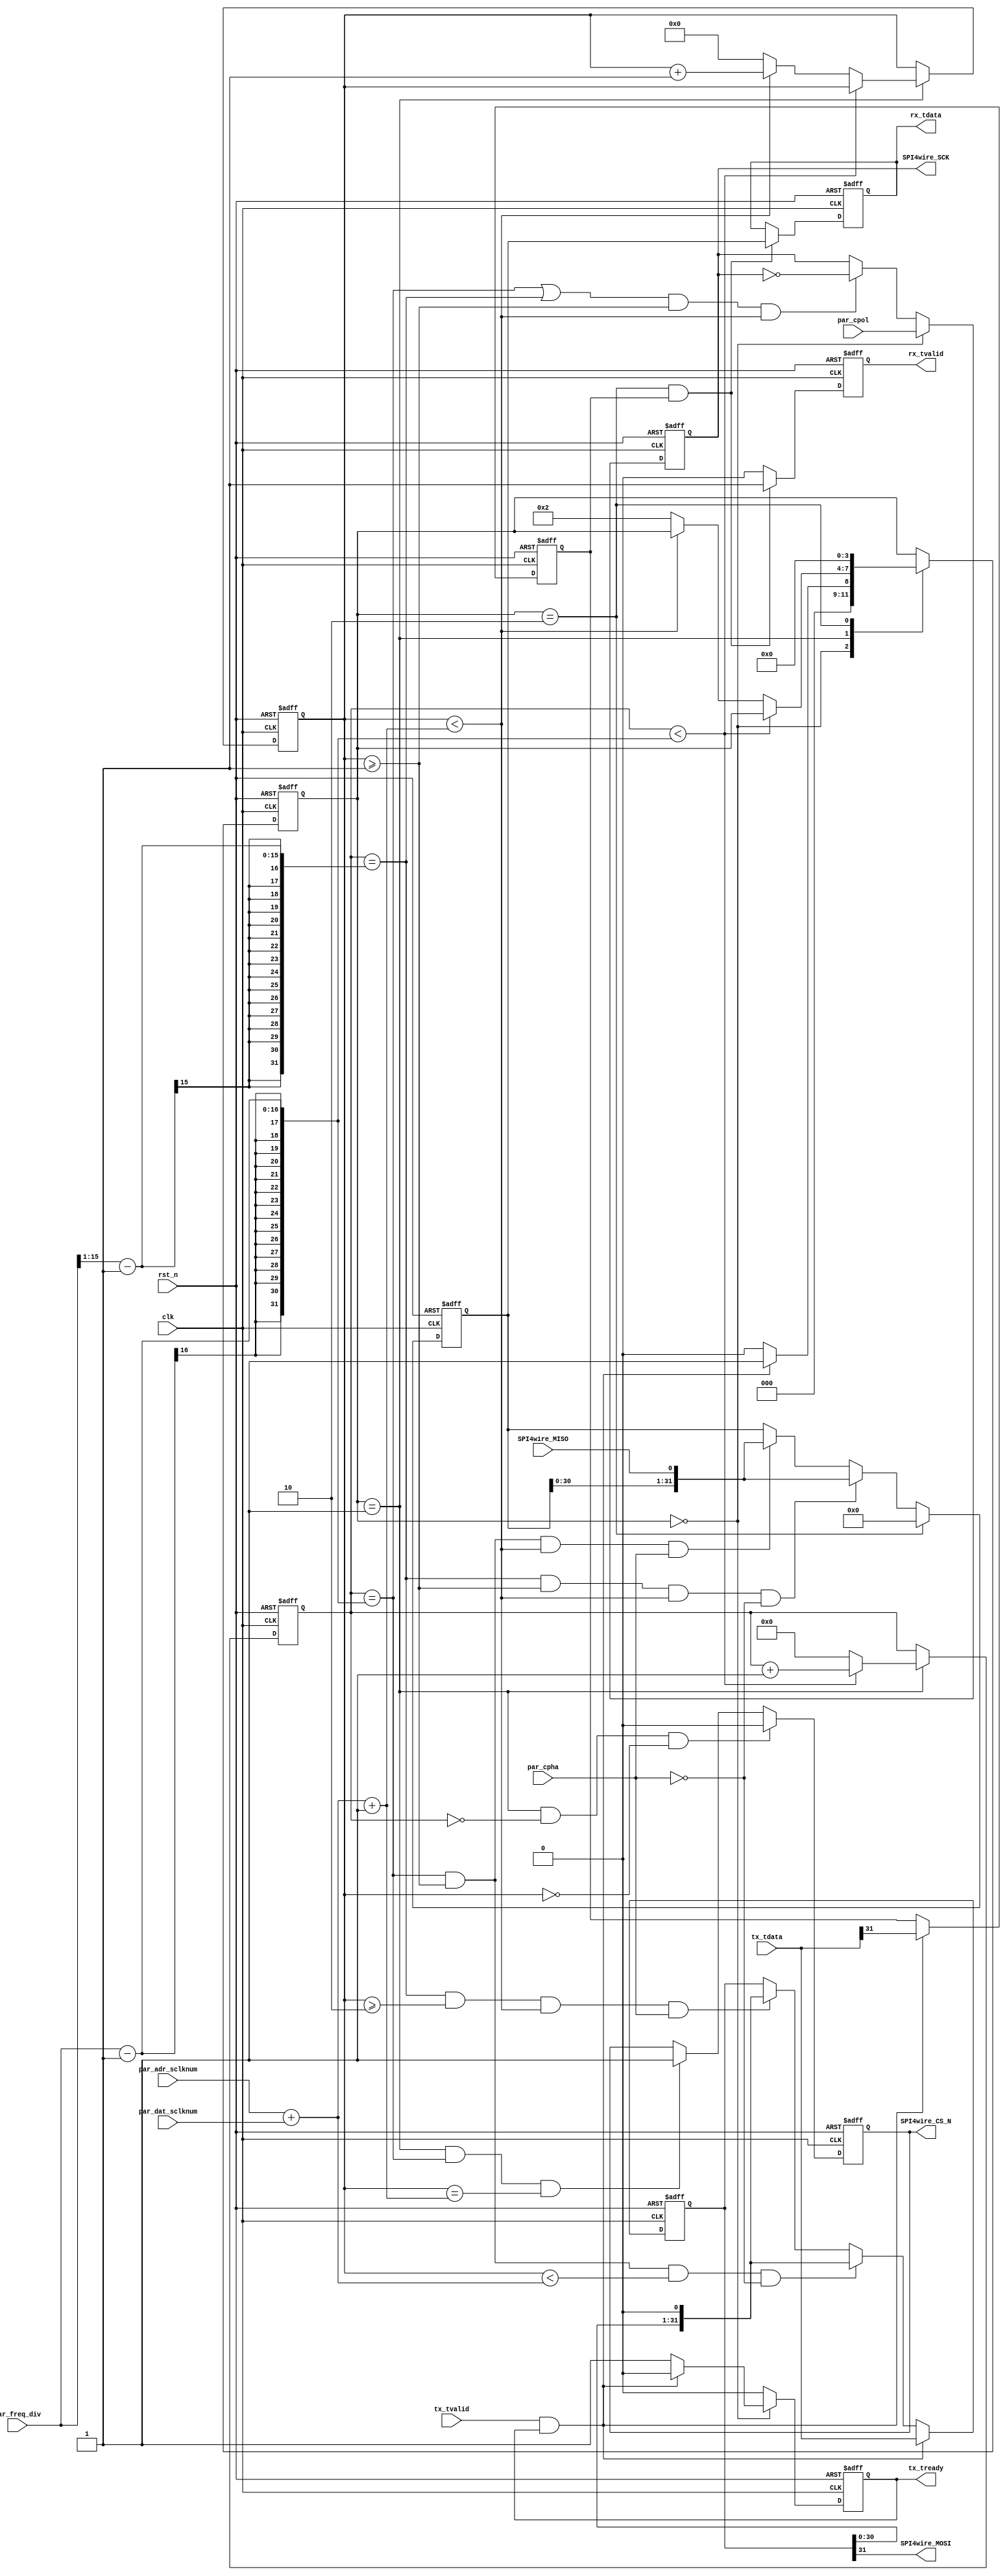
//////////////////////////////////////////////////////////////////////////////////
// Company: 
// Engineer: 
// 
// Design Name: 
// Module Name: 
// Project Name: 
// Target Devices: XC7VX690TFFG1761
// Tool Versions: VIVADO2018.3
// Description: 
// 
// Dependencies: 
// 
// Revision:
// Revision 0.01 - File Created
// Additional Comments:
/******************************************************************************
1)
spi ,tdata4
41+32+23+1,
32par_adr_sclknumpar_dat_sclknum
spi2+1par_adr_sclknum16par_dat_sclknum8
2)SPI_3WIRE
3)24scksck

*******************************************************************************/
//////////////////////////////////////////////////////////////////////////////////
`define SPI_4WIRE  
//`define ILA_EN
module spi_master
(
//sys 
input               clk             ,
input               rst_n           ,

//spi-3wire
`ifdef SPI_3WIRE
output              SPI3wire_SCK    ,
output              SPI3wire_CS_N   ,
inout               SPI3wire_SDIO   ,
`else 
//spi-4wire
output              SPI4wire_SCK    ,
output              SPI4wire_CS_N   ,
output              SPI4wire_MOSI   ,
input               SPI4wire_MISO   ,
`endif 
//parameter 
input   [15:0]      par_freq_div    ,//sck 
input   [7:0]       par_adr_sclknum ,//cmd-cycle need SCLK numbers
input   [7:0]       par_dat_sclknum ,//dat-cycle need SCLK numbers
input               par_cpha        ,
input               par_cpol        ,
//stream send data interface     
input               tx_tvalid       ,
input   [31:0]      tx_tdata        ,//msb,the first send data is tx_tdata[31]
output              tx_tready       ,
//stream recive data interface      
output              rx_tvalid       ,
output  [31:0]      rx_tdata         //lsb,the last recive data is rx_tdata[0]
);
////////////////////////////////////////////////////
wire [7:0] SCLK_NUM;

reg [7:0] sck_cnt;
reg [15:0]div_cnt;
reg [3:0] state;
reg tx_tready_inte;

reg sck;
reg cs_n;
reg flag;
reg [31:0] shift_txdata;
reg [31:0] shift_rxdata;
reg rx_tvalid_inte;
reg [31:0] rx_tdata_inte;



wire shift_txdata_31;//

////////////////////////////////////////////////////
assign rx_tdata = rx_tdata_inte;
assign rx_tvalid = rx_tvalid_inte;
assign SCLK_NUM = par_adr_sclknum + par_dat_sclknum;
assign tx_tready = tx_tready_inte;
assign shift_txdata_31 = shift_txdata[31];

`ifdef SPI_3WIRE
wire SPI3wire_SDIO_in;
reg SPI3wire_SDIO_sel;
assign SPI3wire_SCK = sck;
assign SPI3wire_CS_N = cs_n;
assign SPI3wire_SDIO = SPI3wire_SDIO_sel ? 1'bz : shift_txdata_31;
assign SPI3wire_SDIO_in = SPI3wire_SDIO_sel ? SPI3wire_SDIO : 1'b0;
`else 
assign SPI4wire_SCK = sck;
assign SPI4wire_CS_N = cs_n;
assign SPI4wire_MOSI = shift_txdata_31;
`endif 
////////////////////////////////////////////////////
always@(posedge clk or negedge rst_n)
begin
    if(rst_n == 1'b0)
    begin
        state <= 'd0;
        div_cnt <= 'd0;
        sck_cnt <= 'd0;
    end
    else 
    begin
    case(state)
    'd0:    begin
                if(tx_tvalid && tx_tready)
                    state <= 'd1;
                else 
                    state <= 'd0;
            end
    'd1:    begin
                if(div_cnt < par_freq_div-1)
                    div_cnt <= div_cnt + 1'b1;
                else if(sck_cnt < SCLK_NUM+1)
                begin
                    div_cnt <= 'd0;
                    sck_cnt <= sck_cnt + 1'b1;
                end
                else 
                begin
                    div_cnt <= 'd0;
                    sck_cnt <= 'd0;
                    state <= 'd2;
                end
            end
    'd2:    begin
                state <= 'd0;
            end
    endcase
    end
end
////////////////////////////////////////////////////
//tvalidtready
always@(posedge clk or negedge rst_n)
begin
    if(rst_n == 1'b0)
        tx_tready_inte <= 'd0;
    else if(state == 'd0)
    begin
        if(tx_tvalid && tx_tready)
            tx_tready_inte <= 'd0;
        else 
            tx_tready_inte <= 'd1;
    end
    else 
        tx_tready_inte <= 'd0;
end
////////////////////////////////////////////////////
//scksck
always@(posedge clk or negedge rst_n)
begin
    if(rst_n == 1'b0)
        sck <= 'd0;
    else if(state == 'd0)
        sck <= par_cpol;
    else if(((div_cnt == par_freq_div-1)||(div_cnt == (par_freq_div>>1)-1)) && (sck_cnt>=1) && (sck_cnt < SCLK_NUM+1))
        sck <= !sck;
    else 
        sck <= sck;
end
//1scksck
always@(posedge clk or negedge rst_n)
begin
    if(rst_n == 1'b0)
        cs_n <= 'd1;
    else if((state==1) && (div_cnt==0) && (sck_cnt==0))
        cs_n <= 'd0;
    else if((state==1)&&(div_cnt == par_freq_div-1)&&(sck_cnt == SCLK_NUM+1))
        cs_n <= 'd1;
end
////////////////////////////////////////////////////
//cpha
always@(posedge clk or negedge rst_n)
begin
    if(rst_n == 1'b0)
        shift_txdata <= 32'd0;
    else if(tx_tvalid && tx_tready)
        shift_txdata <= tx_tdata;
    else if(((div_cnt == par_freq_div-1)) && (sck_cnt>=1) && (sck_cnt < SCLK_NUM) && (par_cpha == 0))
        shift_txdata <= {shift_txdata[30:0],1'b0};
    else if(((div_cnt == (par_freq_div>>1)-1)) && (sck_cnt>=2) && (sck_cnt < SCLK_NUM+1)&& (par_cpha == 1))
        shift_txdata <= {shift_txdata[30:0],1'b0};
end
///////////////////////////////////////////////////
`ifdef SPI_3WIRE
always@(posedge clk or negedge rst_n)
begin
    if(rst_n == 1'b0)
        SPI3wire_SDIO_sel <= 'd0;
    else if(flag == 'd1)
    begin
        if((par_cpha == 0))
        begin
            if(((div_cnt == par_freq_div-1)) && (sck_cnt==par_adr_sclknum))
                SPI3wire_SDIO_sel <= 'd1;
            else if(((div_cnt == par_freq_div-1)) && (sck_cnt==SCLK_NUM))
                SPI3wire_SDIO_sel <= 'd0;
        end
        else if((par_cpha == 1))
        begin
            if(((div_cnt == (par_freq_div>>1)-1)) && (sck_cnt==par_adr_sclknum+1))
                SPI3wire_SDIO_sel <= 'd1;
            else if(((div_cnt == (par_freq_div>>1)-1)) && (sck_cnt==SCLK_NUM+1))
                SPI3wire_SDIO_sel <= 'd0;        
        end
    end
    else 
        SPI3wire_SDIO_sel <= 'd0;
end
`endif 
////////////////////////////////////////////////////
//cpha
`ifdef  SPI_3WIRE
always@(posedge clk or negedge rst_n)
begin
    if(rst_n == 1'b0)
        shift_rxdata <= 32'd0;
    else if(state == 'd2)
        shift_rxdata <= 32'd0;
    else if(((div_cnt == (par_freq_div>>1)-1)) && (sck_cnt>=1) && (sck_cnt < SCLK_NUM+1)&& (par_cpha == 0))
        shift_rxdata <= {shift_rxdata[30:0],SPI3wire_SDIO_in};
    else if(((div_cnt == par_freq_div-1)) && (sck_cnt>=1) && (sck_cnt < SCLK_NUM+1)&& (par_cpha == 1))
        shift_rxdata <= {shift_rxdata[30:0],SPI3wire_SDIO_in};
end
`else 
always@(posedge clk or negedge rst_n)
begin
    if(rst_n == 1'b0)
        shift_rxdata <= 32'd0;
    else if(state == 'd2)
        shift_rxdata <= 32'd0;
    else if(((div_cnt == (par_freq_div>>1)-1)) && (sck_cnt>=1) && (sck_cnt < SCLK_NUM+1)&& (par_cpha == 0))
        shift_rxdata <= {shift_rxdata[30:0],SPI4wire_MISO};
    else if(((div_cnt == par_freq_div-1)) && (sck_cnt>=1) && (sck_cnt < SCLK_NUM+1)&& (par_cpha == 1))
        shift_rxdata <= {shift_rxdata[30:0],SPI4wire_MISO};
end
`endif 
////////////////////////////////////////////////////
//spi1bit01
always@(posedge clk or negedge rst_n)
begin
    if(rst_n == 1'b0)
        flag <= 'd1;
    else if(tx_tvalid && tx_tready)
        flag <= tx_tdata[31];   
end

////////////////////////////////////////////////////
always@(posedge clk or negedge rst_n)
begin
    if(rst_n == 1'b0)
    begin
        rx_tvalid_inte <= 1'b0;
        rx_tdata_inte <= 32'd0;
    end
    else if(state == 'd2 && flag)
    begin
        rx_tvalid_inte <= 'd1;
        rx_tdata_inte <= shift_rxdata;
    end
    else 
        rx_tvalid_inte <= 'd0;
end

`ifdef ILA_EN
ila_128w ila_128w_u0 (
	.clk(clk), // input wire clk
	.probe0({
    SPI4wire_SCK,
    SPI4wire_CS_N,
    SPI4wire_MOSI,
    SPI4wire_MISO,
    tx_tvalid,
    tx_tdata,
    tx_tready,
    rx_tvalid,
    rx_tdata,
    flag
    }) // input wire [127:0] probe0
);
`endif 

endmodule